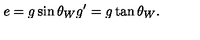
e = g \sin \theta _ { W } g ^ { \prime } = g \tan \theta _ { W } .